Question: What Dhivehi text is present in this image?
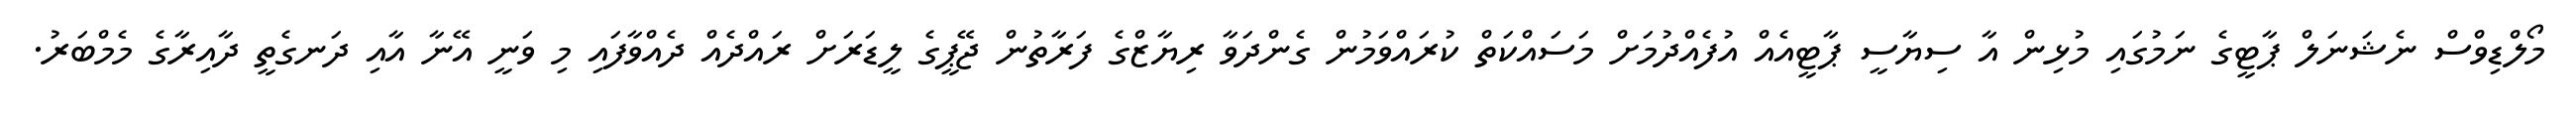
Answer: މޯލްޑިވްސް ނެޝަނަލް ޕާޓީގެ ނަމުގައި މުޅިން އާ ސިޔާސީ ޕާޓީއެއް އުފެއްދުމަށް މަސައްކަތް ކުރައްވަމުން ގެންދަވާ ރިޔާޒްގެ ފަރާތުން ޖޭޕީގެ ލީޑަރަށް ރައްދެއް ދެއްވާފައި މި ވަނީ އޭނާ އާއި ދަނގެތީ ދާއިރާގެ މެމްބަރު.